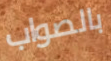
بالصواب